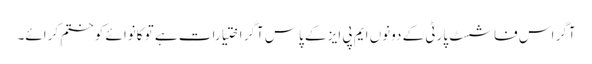
آگر اس فاشسٹ پارٹی کے دونوں ایم پی ایز کے پاس آگر اختیارات ہے تو کانوائے کو ختم کرائے۔